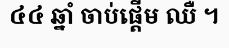
៤៤ ឆ្នាំ ចាប់ផ្តើម ឈឺ ។